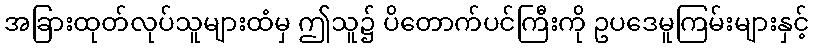
အခြားထုတ်လုပ်သူများထံမှ ဤသူ၌ ပိတောက်ပင်ကြီးကို ဥပဒေမူကြမ်းများနှင့်